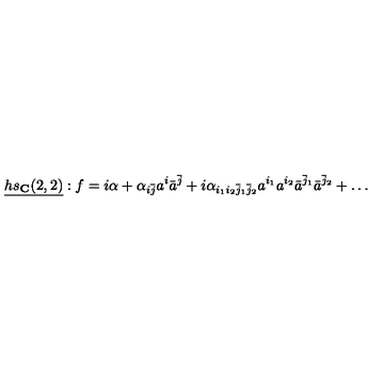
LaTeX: \underline { { h s _ { \bf C } ( 2 , 2 ) } } : f = i \alpha + \alpha _ { i \bar { j } } a ^ { i } \bar { a } ^ { \bar { j } } + i \alpha _ { i _ { 1 } i _ { 2 } \bar { j } _ { 1 } \bar { j } _ { 2 } } a ^ { i _ { 1 } } a ^ { i _ { 2 } } \bar { a } ^ { \bar { j } _ { 1 } } \bar { a } ^ { \bar { j } _ { 2 } } + \ldots